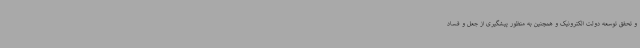
و تحقق توسعه دولت الکترونیک و همچنین به منظور پیشگیری از جعل و فساد